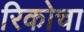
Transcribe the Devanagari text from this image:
रिकोचा